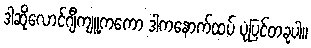
ဒါဆိုလောင်ဂျီကျူ့ကကော ဒါကနောက်ထပ် ပုံပြင်တခုပါ။